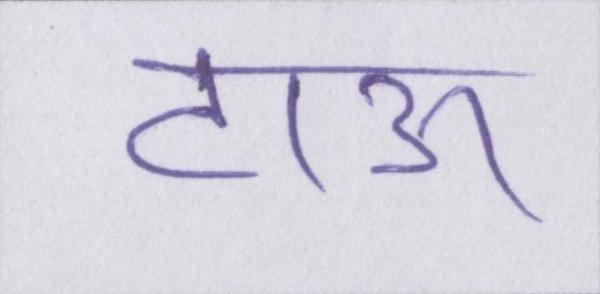
टाऊ